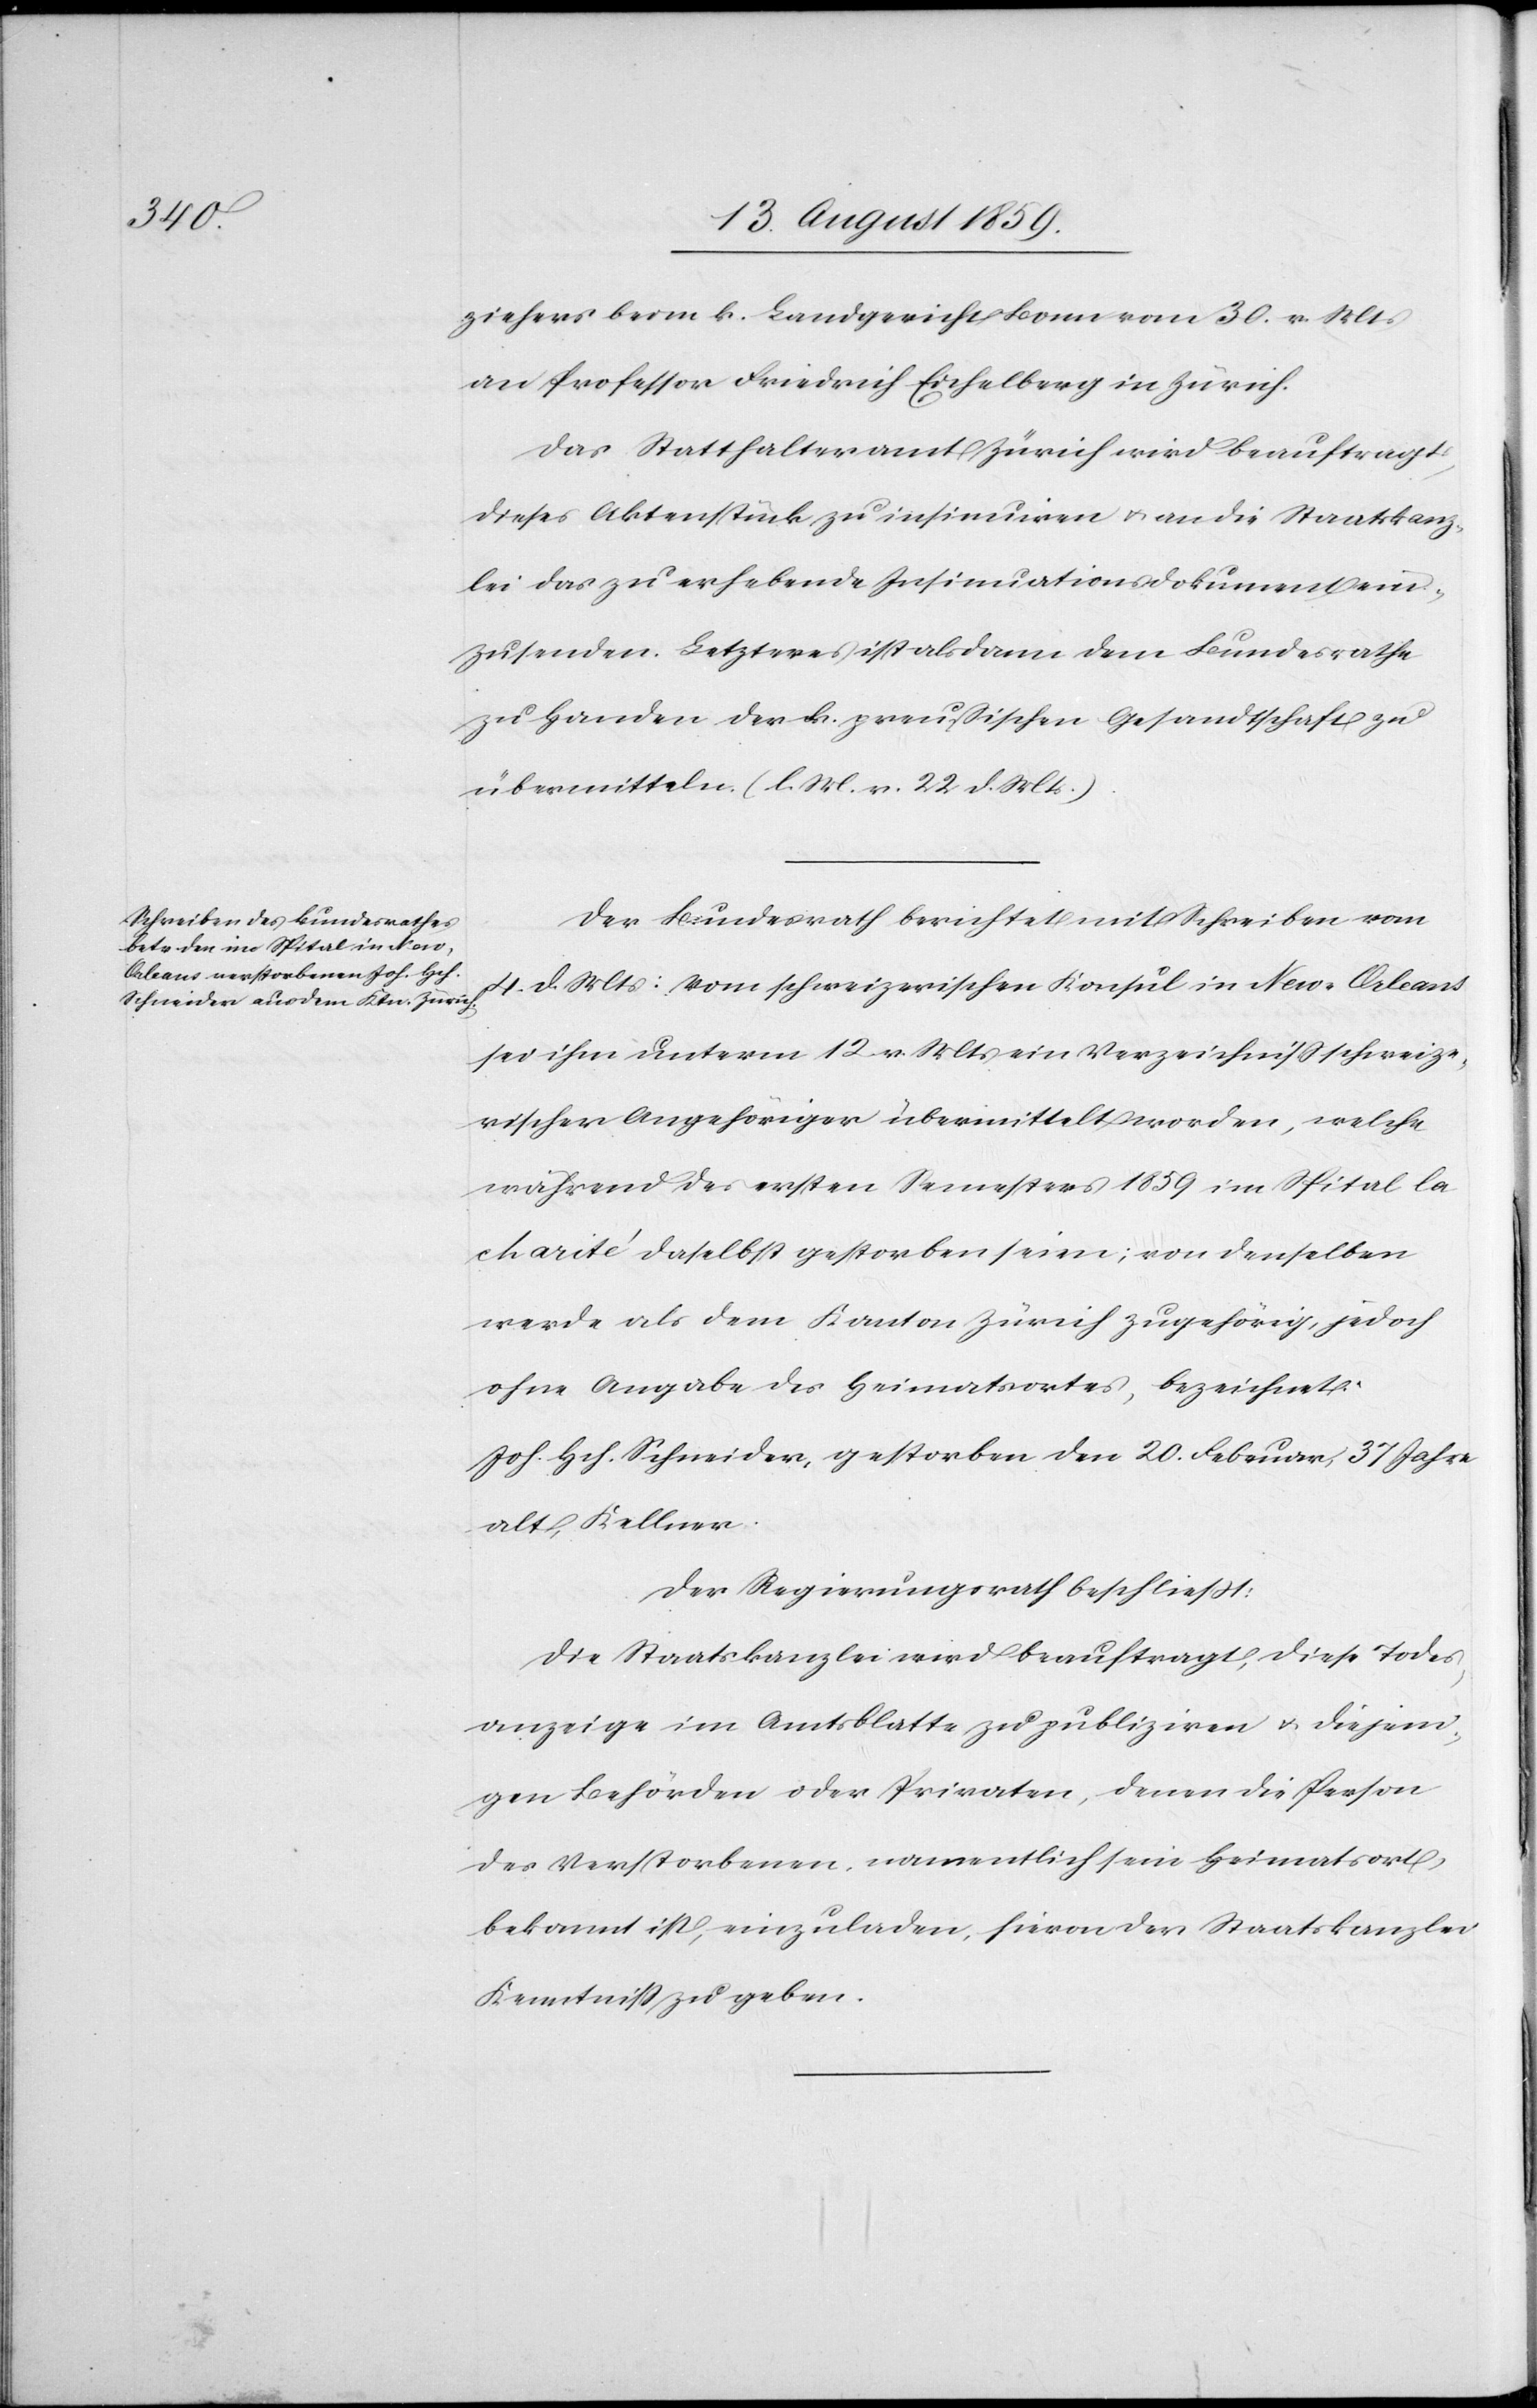
ziehers beim k. Landgericht Bonn vom 30. v. Mts.
an Professor Friedrich Eichelberg in Zürich.
Das Statthalteramt Zürich wird beauftragt,
dieses Aktenstück zu insinuiren u. an die Staatskanz¬
lei das zu erhebende Insinuationsdokument ein¬
zusenden. Letzteres ist alsdann dem Bundesrathe
zu Handen der k. preußischen Gesandtschaft zu
übermitteln. (l. M. v. 22. d. Mts.)
Der Bundesrath berichtet mit Schreiben vom
4. d. Mts.: Vom schweizerischen Konsul in New-Orleans
sei ihm unterm 12. v. Mts. ein Verzeichniß schweize¬
rischer Angehöriger übermittelt worden, welche
während des ersten Semesters 1859 im Spital la
charité daselbst gestorben seien; von denselben
werde als dem Kanton Zürich zugehörig, jedoch
ohne Angabe des Heimatsortes, bezeichnet:
Joh. Hch. Schneider, gestorben den 20. Februar, 37 Jahre
alt, Kellner,
Der Regierungsrath beschließt:
Die Staatskanzlei wird beauftragt, diese Todes¬
anzeige im Amtsblatte zu publiziren u. diejeni¬
gen Behörden oder Privaten, denen die Person
des Verstorbenen namentlich sein Heimatsort
bekannt ist, einzuladen, hievon der Staatskanzlei
Kenntniß zu geben.